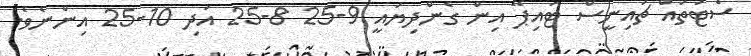
ސެޓުތައް ޗައިނީސް ޓައިޕޭ އިން ގެންދިޔައީ 9-25 8-25 އަދި 10-25 އިންނެވެ.